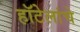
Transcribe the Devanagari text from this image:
हॉटेलांचे